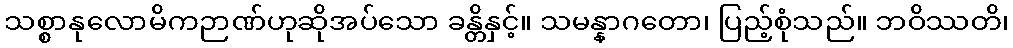
သစ္စာနုလောမိကဉာဏ်ဟုဆိုအပ်သော ခန္တိနှင့်။ သမန္နာဂတော၊ ပြည့်စုံသည်။ ဘဝိဿတိ၊